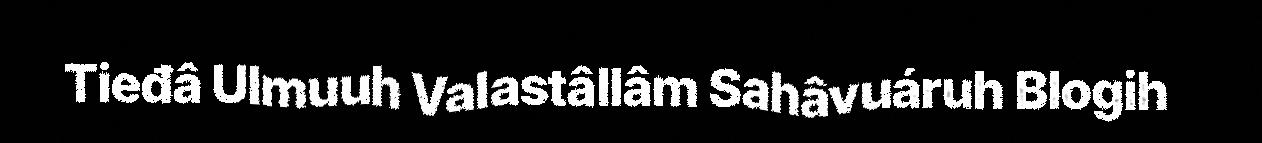
Tieđâ Ulmuuh Valastâllâm Sahâvuáruh Blogih